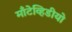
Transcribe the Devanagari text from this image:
माँटेव्हिडीयो